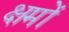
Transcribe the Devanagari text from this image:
क्षमों